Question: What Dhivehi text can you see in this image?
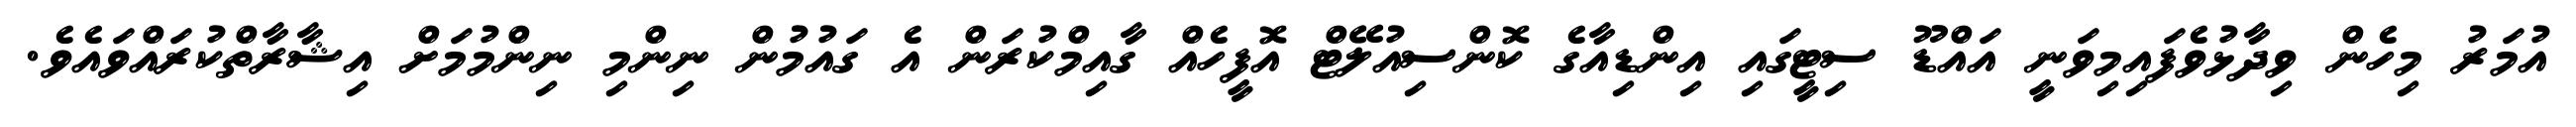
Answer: އުމަރު މިހެން ވިދާޅުވެފައިމިވަނީ އައްޑޫ ސިޓީގައި އިންޑިއާގެ ކޮންސިއުލޭޓް އޮފީހެއް ގާއިމްކުރަން އެ ގައުމުން ނިންމި ނިންމުމަށް އިޝާރާތްކުރައްވައެވެ.